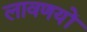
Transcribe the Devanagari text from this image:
लावणयों